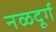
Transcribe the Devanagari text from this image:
नळदूर्ग